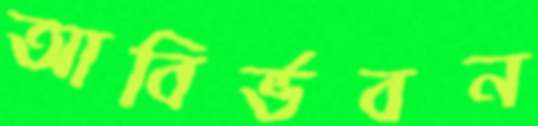
আবির্ভবন